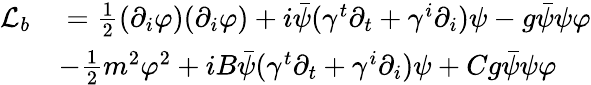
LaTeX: \begin{array}{rl}{\mathcal{L}_{b}}&{\; =\frac{1}{2}(\partial_{i}\varphi)(\partial_{i}\varphi)+i\bar{\psi}(\gamma^{t}\partial_{t}+\gamma^{i}\partial_{i})\psi-g\bar{\psi}\psi\varphi}\\ &{-\frac{1}{2}m^{2}\varphi^{2}+iB\bar{\psi}(\gamma^{t}\partial_{t}+\gamma^{i}\partial_{i})\psi+Cg\bar{\psi}\psi\varphi}\end{array}